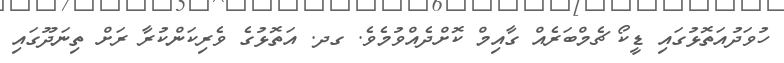
ހުވަދުއަތޮޅުގައި ޑީކޯ ޗެމްބަރެއް ގާއިމް ކޮށްދެއްވުމެވެ. ގދ. އަތޮޅުގެ ވެރިކަންކުރާ ރަށް ތިނަދޫގައި